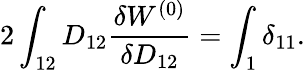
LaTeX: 2\int_{12}D_{12}\frac{\delta W^{(0)}}{\delta D_{12}}=\int_{1}\delta_{11}.